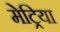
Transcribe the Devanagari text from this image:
मेट्रिया